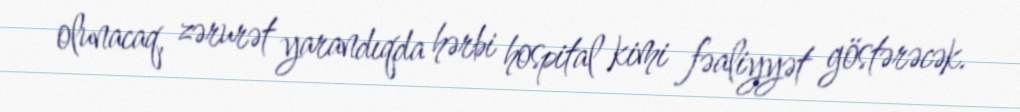
olunacaq, zərurət yarandıqda hərbi hospital kimi fəaliyyət göstərəcək.